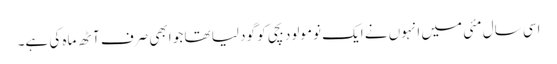
اسی سال مئی میں انہوں نے ایک نومولود بچی کو گود لیا تھا جو ابھی صرف آٹھ ماہ کی ہے۔